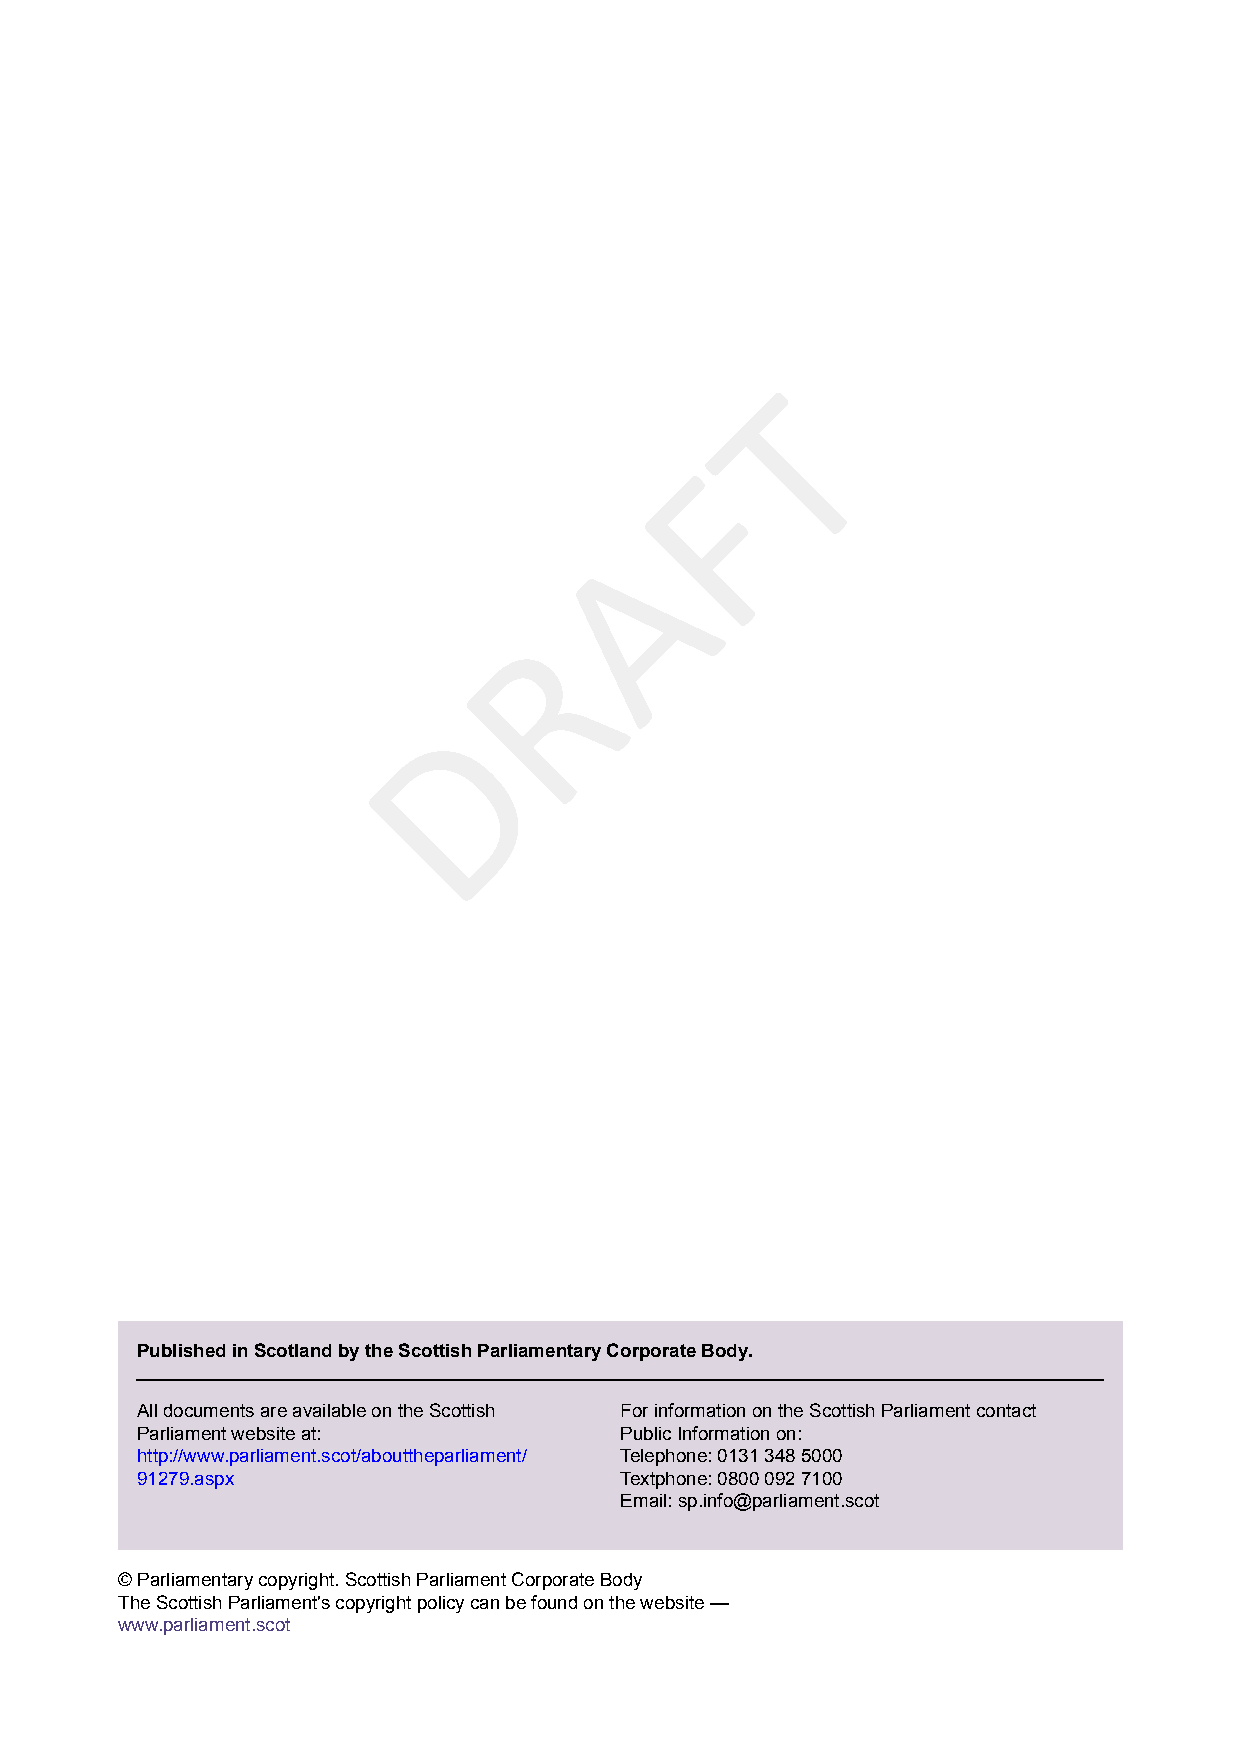
T
 F
 A
 R
 D
 Published in Scotland by the Scottish Parliamentary Corporate Body.
 All documents are available on the Scottish For information on the Scottish Parliament contact
 Parliament website at:          Public Information on:
 http://www.parliament.scot/abouttheparliament/ Telephone: 0131 348 5000
 91279.aspx                      Textphone: 0800 092 7100
 Email: sp.info@parliament.scot
 © Parliamentary copyright. Scottish Parliament Corporate Body
 The Scottish Parliament's copyright policy can be found on the website —
 www.parliament.scot